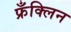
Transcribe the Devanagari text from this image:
फ्रँक्लिन